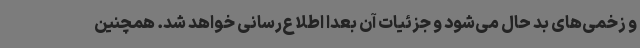
و زخمی‌های بد حال می‌شود و جزئیات آن بعدا اطلاع‌رسانی خواهد شد. همچنین